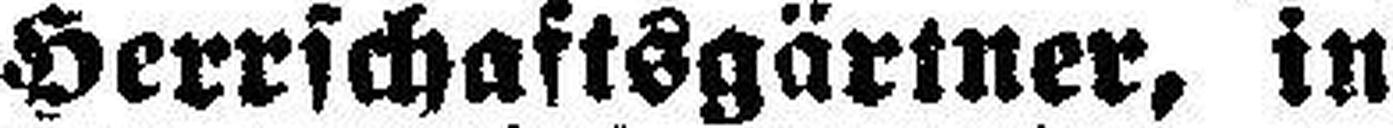
Herrschaftsgärtner, in